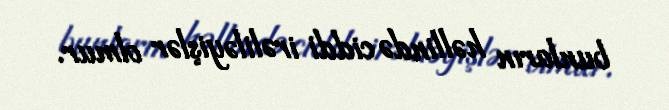
bunların həllində ciddi irəliləyişlər olmur.